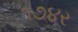
૧૭૪ર